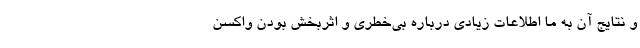
و نتایج آن به ما اطلاعات زیادی درباره بی‌خطری و اثربخش بودن واکسن